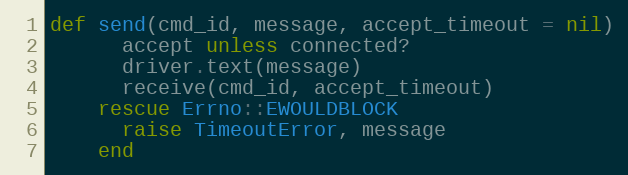
Language: Ruby
def send(cmd_id, message, accept_timeout = nil)
      accept unless connected?
      driver.text(message)
      receive(cmd_id, accept_timeout)
    rescue Errno::EWOULDBLOCK
      raise TimeoutError, message
    end